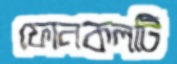
ফোনকলটি